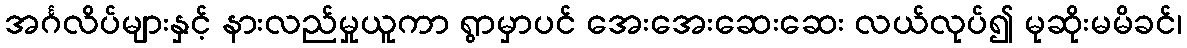
အင်္ဂလိပ်များနှင့် နားလည်မှုယူကာ ရွာမှာပင် အေးအေးဆေးဆေး လယ်လုပ်၍ မုဆိုးမမိခင်၊